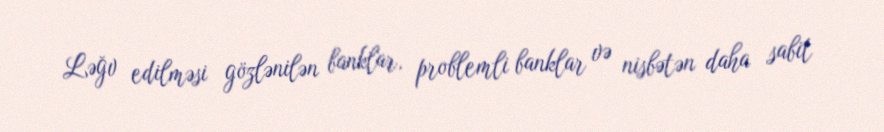
Ləğv edilməsi gözlənilən banklar, problemli banklar və nisbətən daha sabit